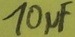
Text: 10µF